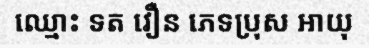
ឈ្មោះ ទត វឿន ភេទប្រុស អាយុ